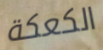
الكعكة